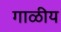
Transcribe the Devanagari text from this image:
गाळीय